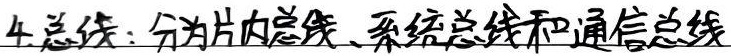
4. 总线：分为片内总线、系统总线和通信总线